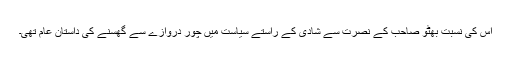
اس کی نسبت بھٹو صاحب کے نصرت سے شادی کے راستے سیاست میں چور دروازے سے گھسنے کی داستان عام تھی۔